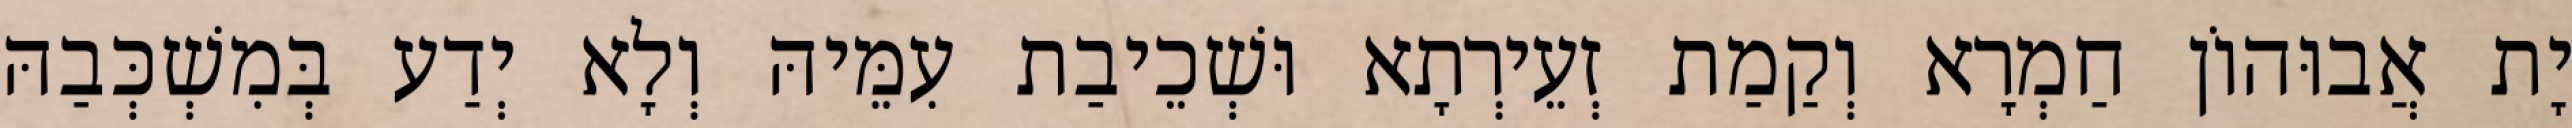
יָת אֲבוּהוֹן חַמְרָא וְקַמַת זְעֵירְתָא וּשְׁכֵיבַת עִמֵּיהּ וְלָא יְדַע בְּמִשְׁכְּבַהּ